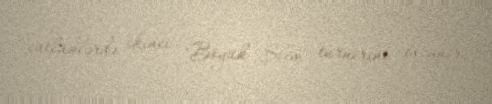
cütlüklərdə ikinci "Böyük Şlem" turnirini qazanır.